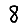
Digit: 8